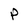
Character: P